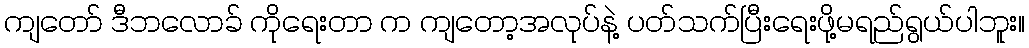
ကျတော် ဒီဘလောခ် ကိုရေးတာ က ကျတော့အလုပ်နဲ့ ပတ်သက်ပြီးရေးဖို့မရည်ရွယ်ပါဘူး။